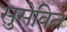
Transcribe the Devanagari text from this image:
सुसेवित